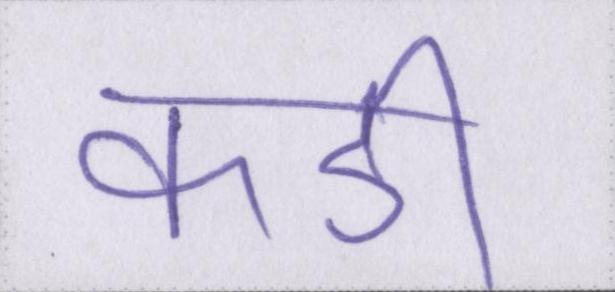
कडी